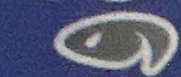
و